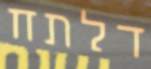
דלתח